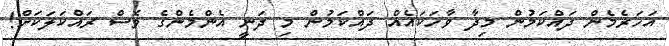
އަހަރެމެން ދައްކަމުން މިދާ ވާހަކައެއް ދައްކަމުން މި ދަނީ އެންމެންގެ ވެސް ރައްކަލަކަށް!